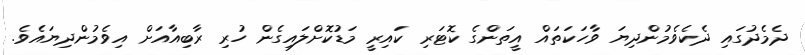
ދެމެދުގައި ދެކެވެމުންދިޔަ ވާހަކަތައް އީތަންގެ ކޮޓަރި ކައިރީ މަޑުކޮށްލައިގެން ހުރި ރާބިއާއަށް އިވެމުންދިޔައެވެ.